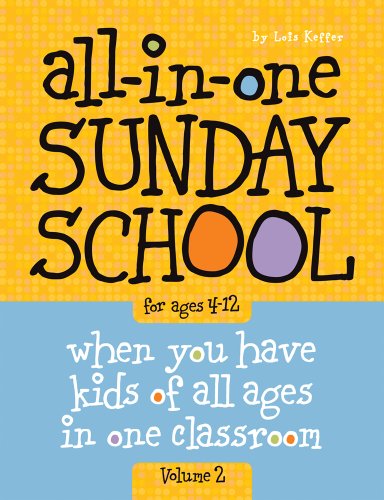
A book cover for All-in-One Sunday School Volume 2: When you have kids of all ages in one classroom; Lois Keffer; Christian Books & Bibles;